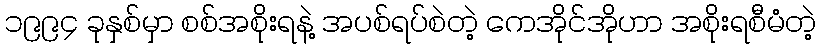
၁၉၉၄ ခုနှစ်မှာ စစ်အစိုးရနဲ့ အပစ်ရပ်စဲတဲ့ ကေအိုင်အိုဟာ အစိုးရစီမံတဲ့